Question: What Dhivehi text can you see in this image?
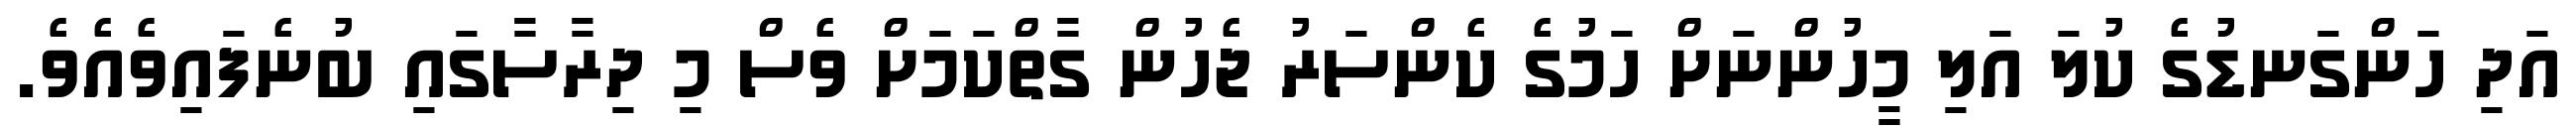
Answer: އަދި ހަންގަނޑުގެ ކުލަ އަލި މީހުންނަށް ހަމުގެ ކެންސަރު ޖެހުން ގާތްކަމަށް ވެސް މި ދިރާސާގައި ބުނެފައިވެއެވެ.